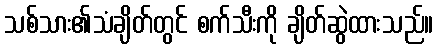
သစ်သား၏သံချိတ်တွင် စက်သီးကို ချိတ်ဆွဲထားသည်။